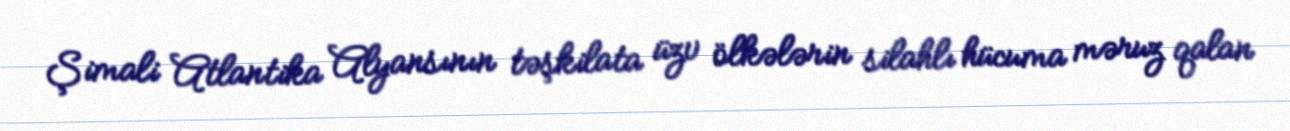
Şimali Atlantika Alyansının təşkilata üzv ölkələrin silahlı hücuma məruz qalan